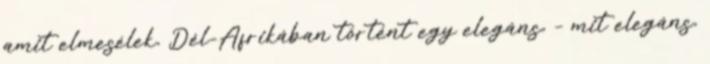
amit elmesélek, Dél-Afrikában történt egy elegáns, – mit elegáns,